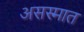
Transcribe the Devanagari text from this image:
असस्मात